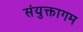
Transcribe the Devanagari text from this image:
संयुक्तागम